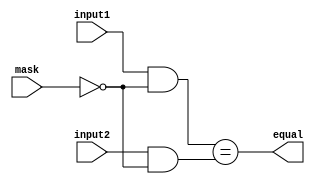
module masked_comparator (
    input [31:0] input1,
    input [31:0] input2,
    input [31:0] mask,
    output reg equal
);

always @ (*) begin
    equal = (input1 & ~mask) == (input2 & ~mask);
end

endmodule